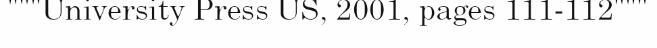
"""University Press US, 2001, pages 111-112"""